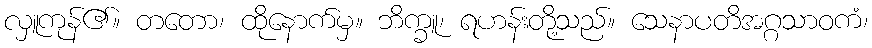
လှူကုန်၏။ တတော၊ ထိုနောက်မှ။ ဘိက္ခူ၊ ရဟန်းတို့သည်။ သေနာပတိအဂ္ဂသာဝကံ၊